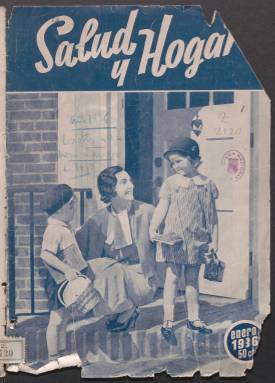
Título: Salud y hogar
Colección: Salud e higiene
Ámbito geográfico: Madrid
Lugar de publicación: Madrid
Fechas: 01/01/1936-30/09/1936